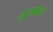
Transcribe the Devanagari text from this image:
सुरुवेक